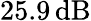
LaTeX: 25.9\, \textrm{dB}